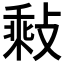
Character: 𢾽